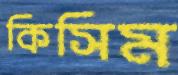
কিসিম